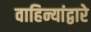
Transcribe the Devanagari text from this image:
वाहिन्यांद्वारे